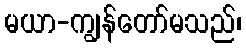
မယာ-ကျွန်တော်မသည်၊